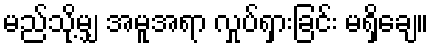
မည်သို့မျှ အမူအရာ လှုပ်ရှားခြင်း မရှိချေ။